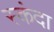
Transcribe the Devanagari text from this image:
स्कंदा